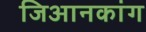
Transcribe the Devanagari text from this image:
जिआनकांग